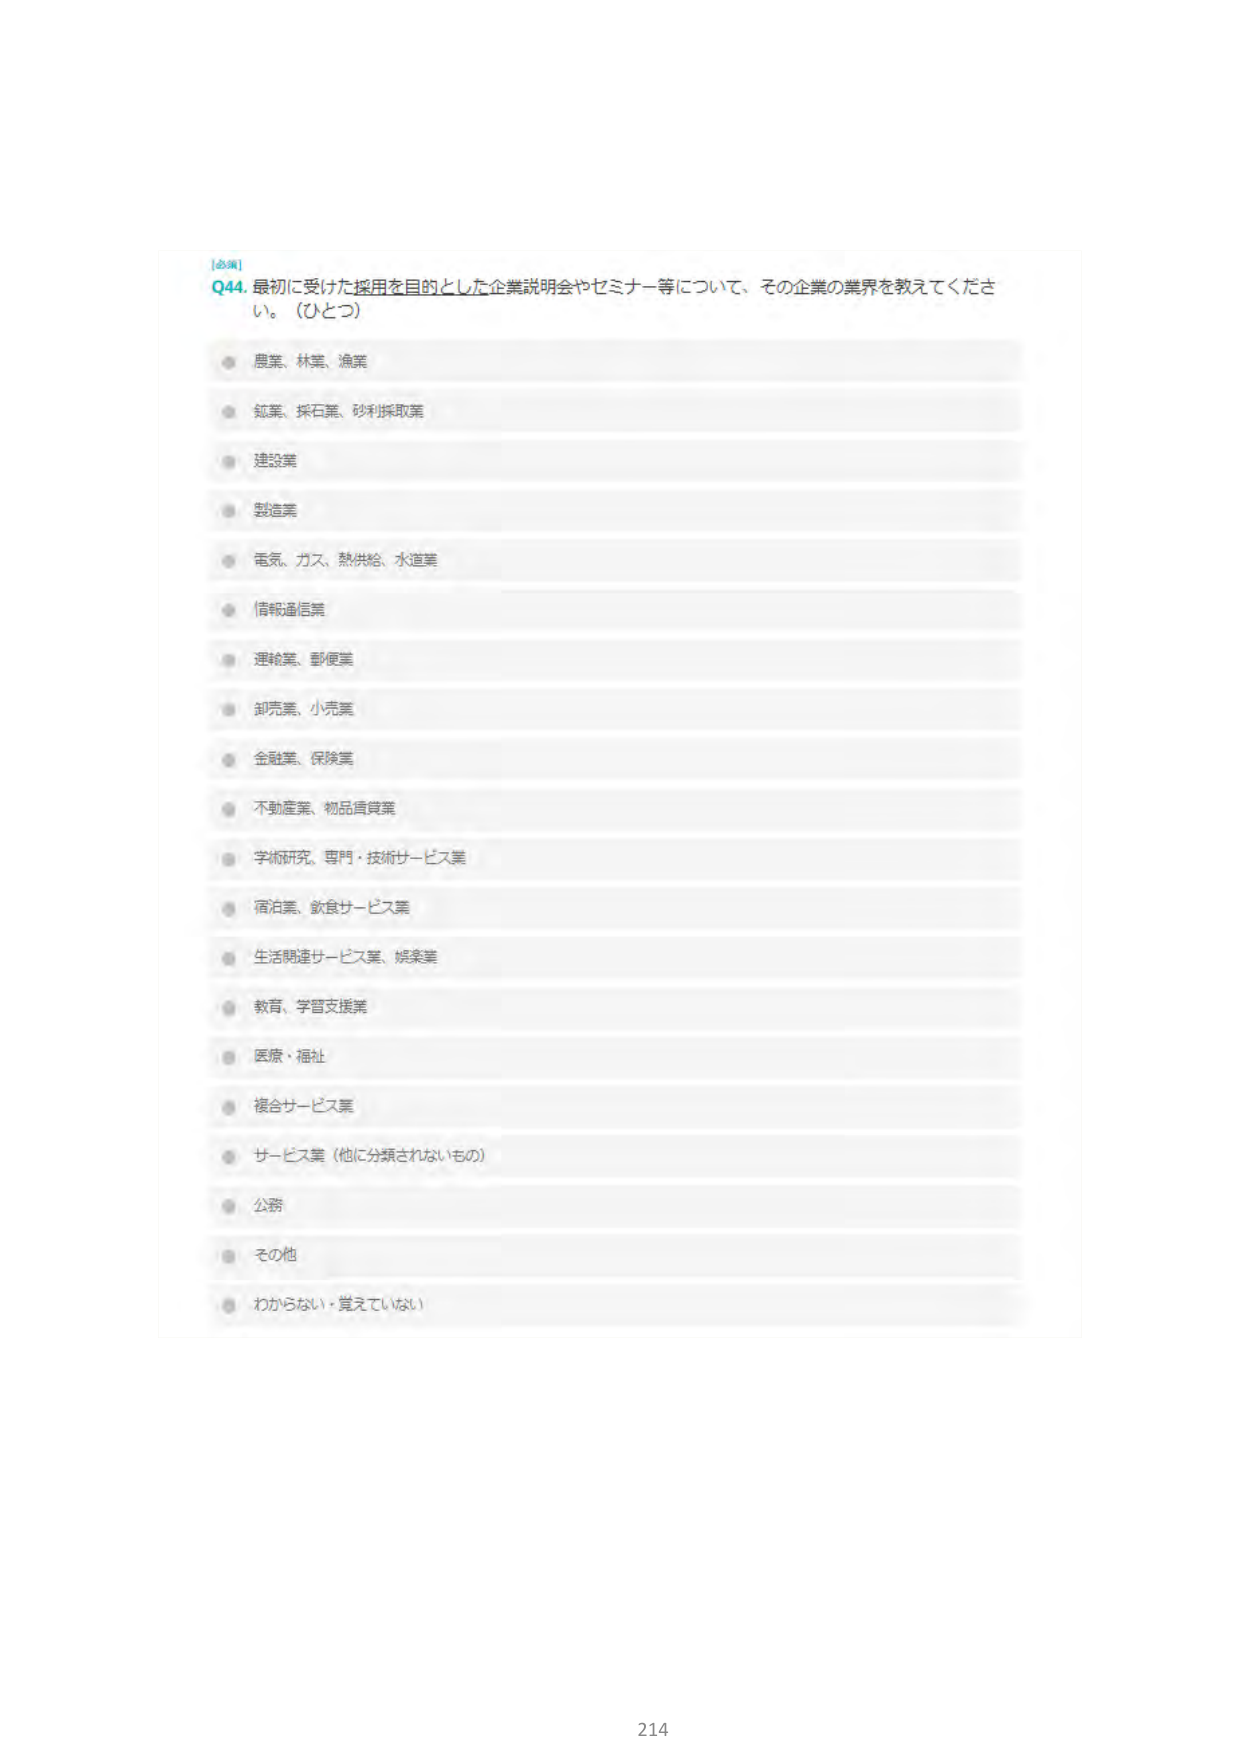
[必須]
Q44. 最初に受けた採用を目的とした企業説明会やセミナー等について、その企業の業界を教えてください。（ひとつ）

・農業、林業、漁業
・鉱業、採石業、砂利採取業
・建設業
・製造業
・電気、ガス、熱供給、水道業
・情報通信業
・運輸業、郵便業
・卸売業、小売業
・金融業、保険業
・不動産業、物品賃貸業
・学術研究、専門・技術サービス業
・宿泊業、飲食サービス業
・生活関連サービス業、娯楽業
・教育、学習支援業
・医療、福祉
・複合サービス業
・サービス業（他に分類されないもの）
・公務
・その他
・わからない・覚えていない

214